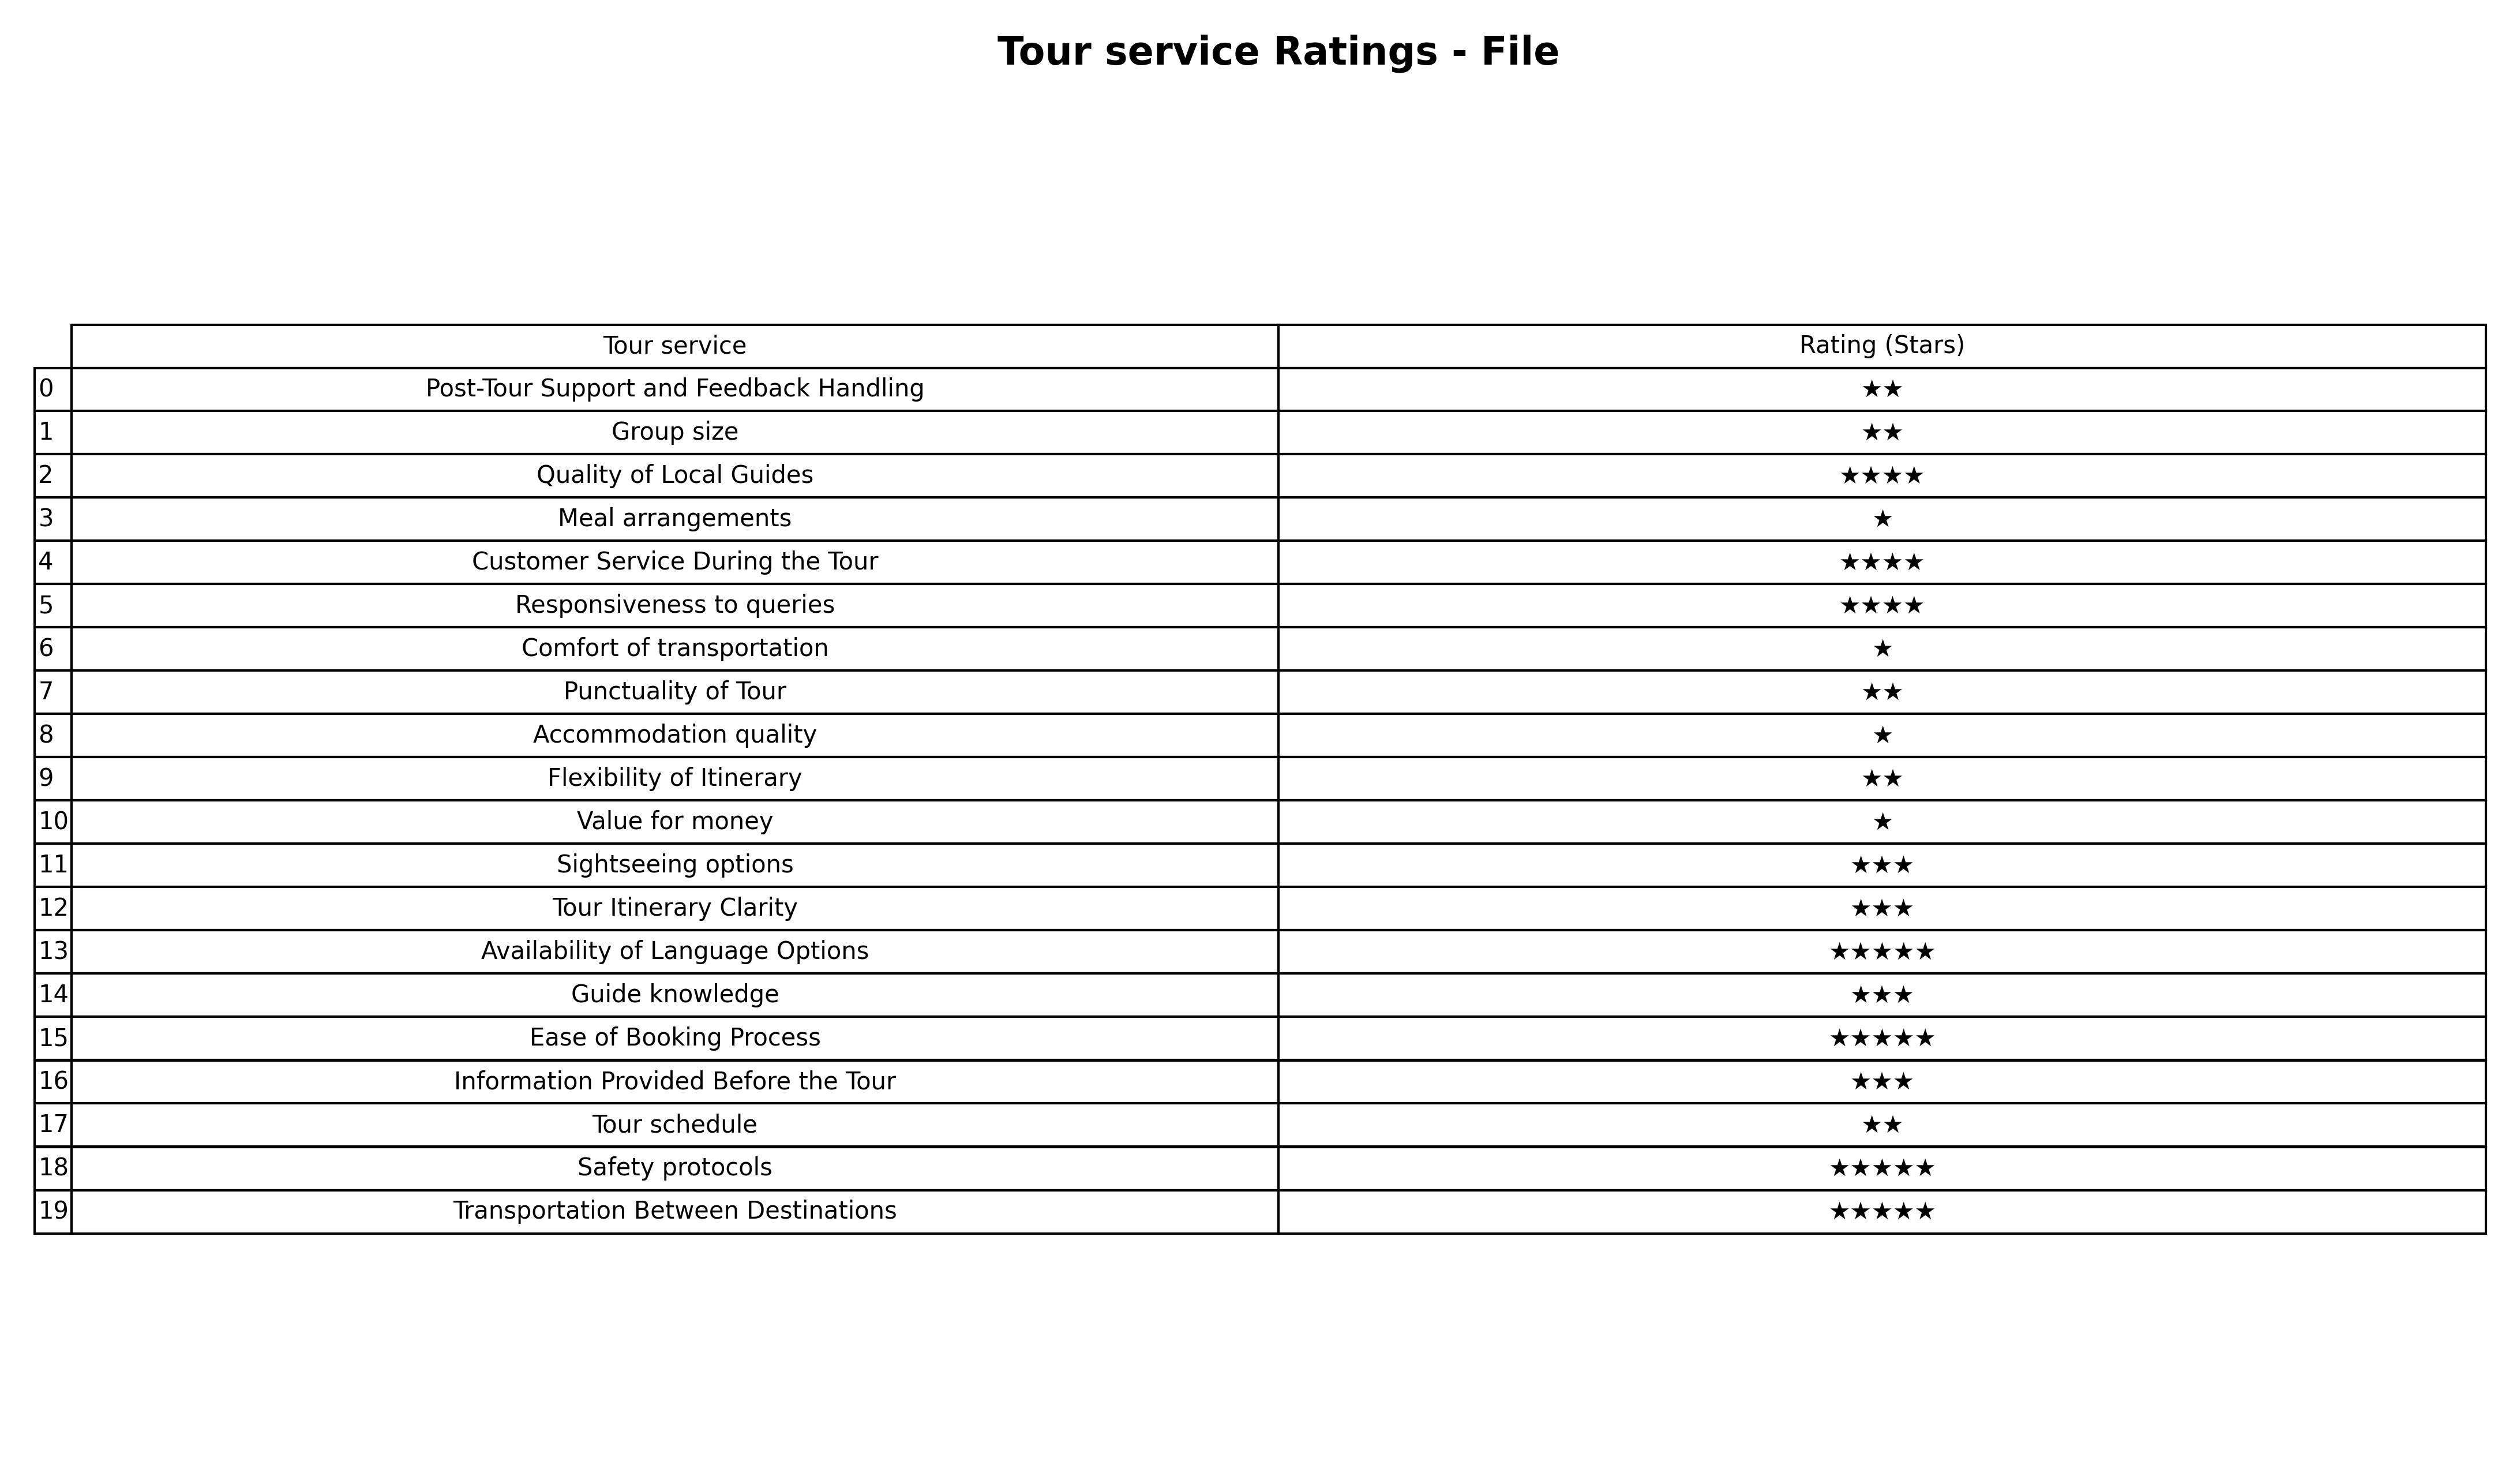
question: What are one star services?
answer: Meal arrangementsComfort of transportationAccommodation qualityValue for money